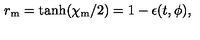
r _ { \mathrm { m } } = \tanh ( \chi _ { \mathrm { m } } / 2 ) = 1 - \epsilon ( t , \phi ) ,